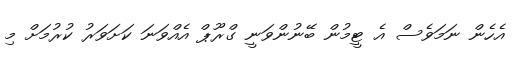
އެހެން ނަމަވެސް އެ ޓީމުން ބޭނުންވަނީ ގްރޫޕް އެއްވަނަ ކަށަަވަރު ކުރުމަށް މި